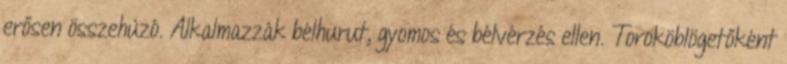
erősen összehúzó. Alkalmazzák bélhurut, gyomos és bélvérzés ellen. Toroköblögetőként